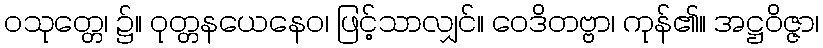
ဝသုတ္တေ၊ ၌။ ဝုတ္တနယေနေဝ၊ ဖြင့်သာလျှင်။ ဝေဒိတဗ္ဗာ၊ ကုန်၏။ အဋ္ဌဝိဇ္ဇာ၊